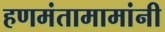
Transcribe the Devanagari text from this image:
हणमंतामामांनी